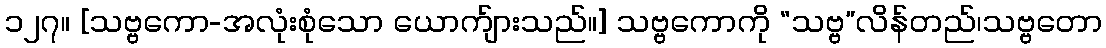
၁၂၇။ [သဗ္ဗကော-အလုံးစုံသော ယောက်ျားသည်။] သဗ္ဗကောကို “သဗ္ဗ”လိန်တည်၊သဗ္ဗတော